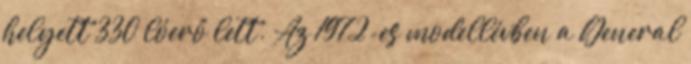
helyett 330 lóerő lett. Az 1972-es modellévben a General